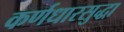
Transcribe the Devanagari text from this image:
कर्णधारसुद्धा